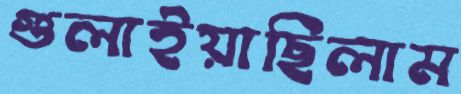
গুলাইয়াছিলাম